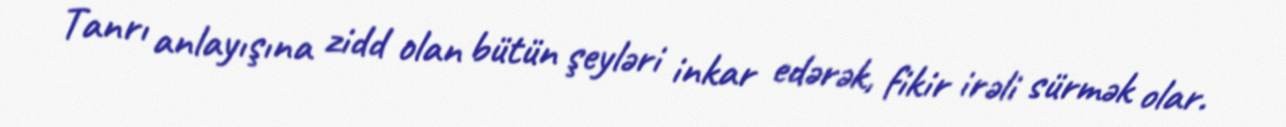
Tanrı anlayışına zidd olan bütün şeyləri inkar edərək, fikir irəli sürmək olar.